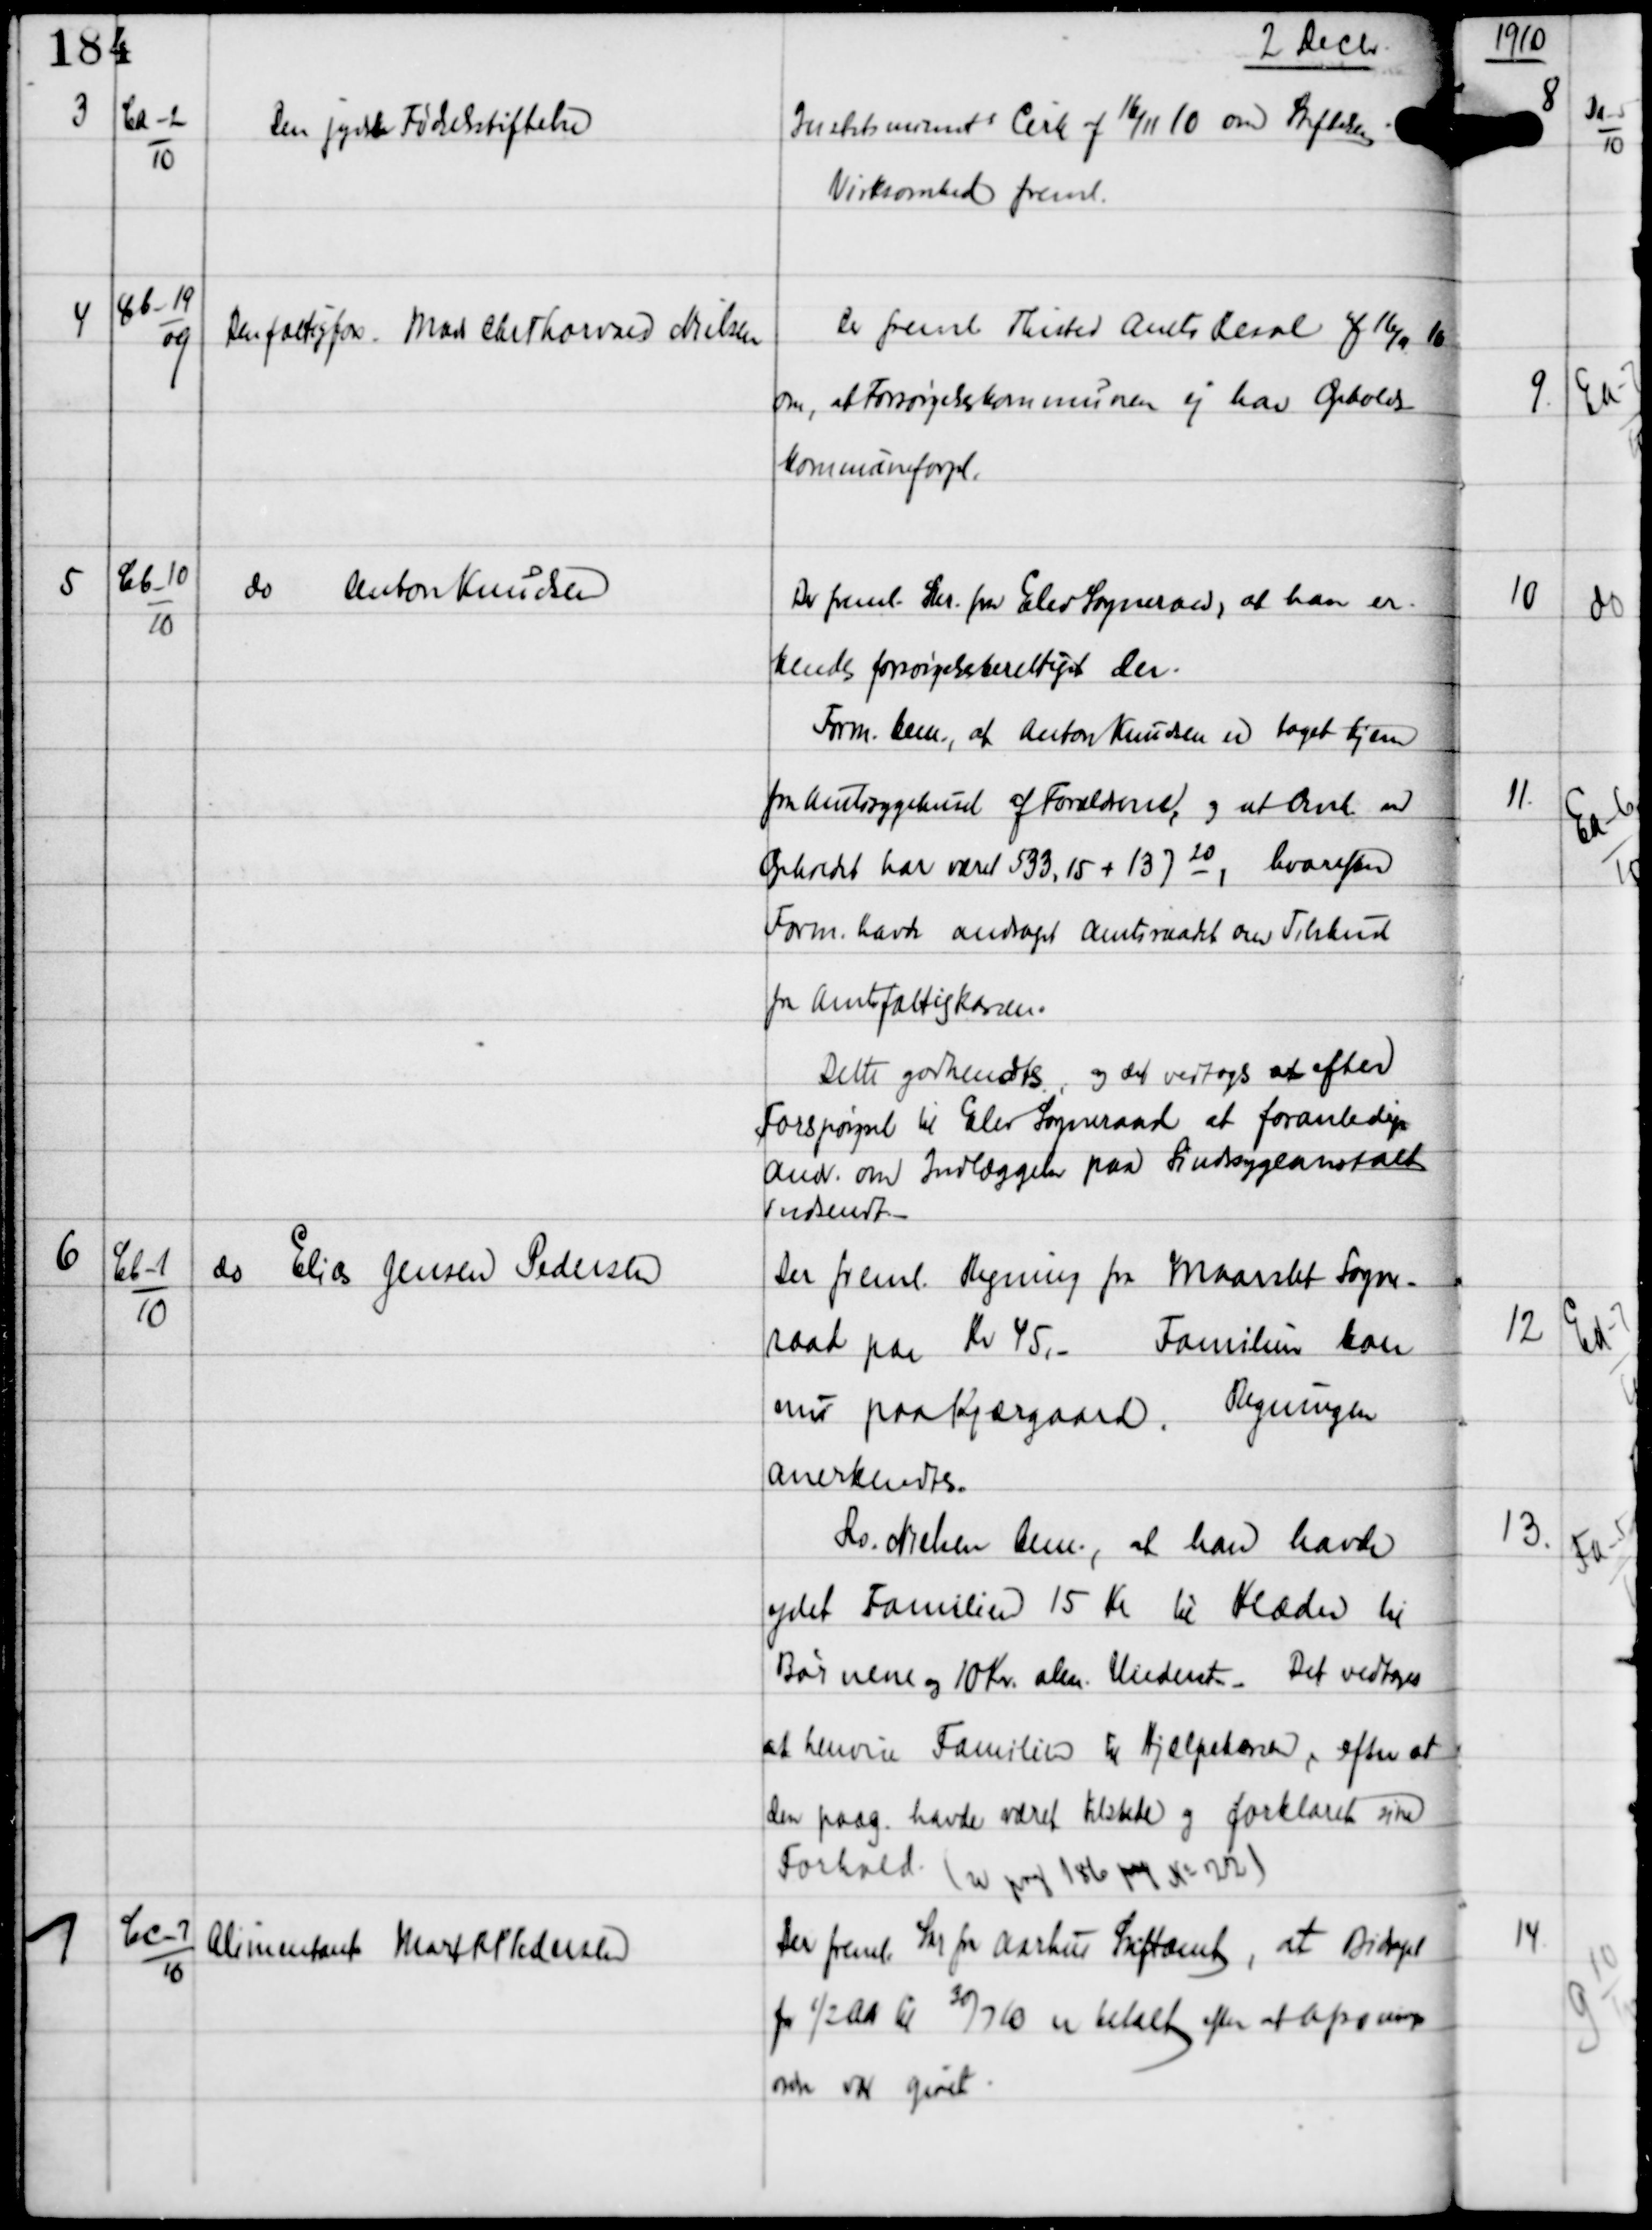
Transskription:
2 Decbr

3

Ca-2
10

Den jydske Fødselsstiftelse

Justitsminists Cirk af 16/11 10 om Stiftelsens
Virksomhed freml.

4

Cb-19
09

Den fattigfors Mads Chr Thorvald Nielsen

Der freml Thisted Amts Resol af 16/11 10
om, at Forsørgelseskommunen ej har Opholds-
kommuneforpl.

5

Cb-10
10

do Anton Knudsen

Der freml. Skr fra Elev Sogneraad, at han er-
kendes forsørgelsesberettiget der.
Form. bem., at Anton Knudsen er taget hjem
fra Amtsygehuset af Forældrene, og at Omk ved
Opholdet har været 533.15 + 13720, hvorefter
Form havde andraget Amtsraadet om Tilskud
fra Amtsfattigkassen.
Dette godkendtes, og det vedtoges at efter
Forespørgsel til Elev Sogneraad at foranledige
Andr. om Indlæggelse paa Sindsygeanstalt
indsendt. -

6

Cb-1
10

do Elias Jensen Pedersen

Der freml Regning fra Maarslet Sogne-
raad paa Kr 45,-
Familien boer
nu paa Kjærgaard.
Regningen
anerkendtes.
Rs. Nielsen bem., at han havde
ydet Familien 15 Kr til Klæder til
Børnene og 10 Kr alm Underst. -
Det vedtoges
at henvise Familien til Hjælpekassen, efter at
den paag havde været tilstede og forklaret sine
Forhold (se paa 186 paa No 22)

7

Cc-7
10

Alimentant Mark R P Pedersen

Der freml Skr fra Aarhus Stiftamt, at Bidraget
for ½ Aar til 30/7 10 er betalt efter at Afsonings
ordre var givet.